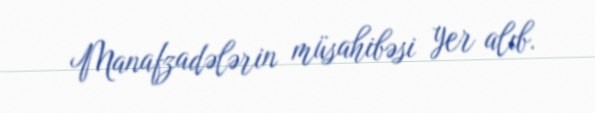
Manafzadələrin müsahibəsi yer alıb.